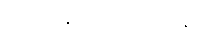
(၂) ပုနဗ္ဗသုကရဟန်း၊